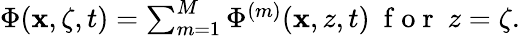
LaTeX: \begin{array}{r}{\Phi(\mathbf{x},\zeta,t)=\sum_{m=1}^{M}\Phi^{(m)}(\mathbf{x},z,t)~\mathrm{~f~o~r~}~{z=\zeta}.}\end{array}